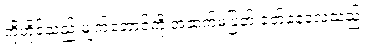
ကိုဟိုင်သည် မျက်တောင်ကို အဆက်မပြတ် ခတ်နေလေသည်။